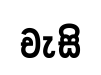
චැසි